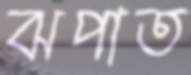
ঝপাত